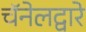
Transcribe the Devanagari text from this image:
चॅनेलद्वारे